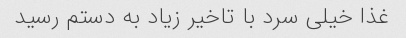
غذا خیلی سرد با تاخیر زیاد به دستم رسید